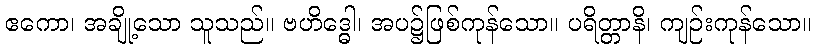
ဧကော၊ အချို့သော သူသည်။ ဗဟိဒ္ဓေါ၊ အပ၌ဖြစ်ကုန်သော။ ပရိတ္တာနိ၊ ကျဉ်းကုန်သော။